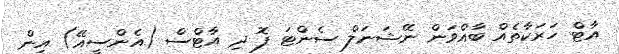
އާޓް ހަރަކާތެއް ބާއްވަން ނޭޝަނަލް ސެންޓަ ފޮ ދި އާޓްސް (އެންސީއޭ) އިން